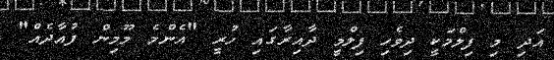
އަދި މި ފިލްމަކީ ދިވެހި ފިލްމީ ދާއިރާގައި ހުރީ "އެންމެ މޫމިން ފުއާދެއް"